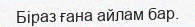
Біраз ғана айлам бар.